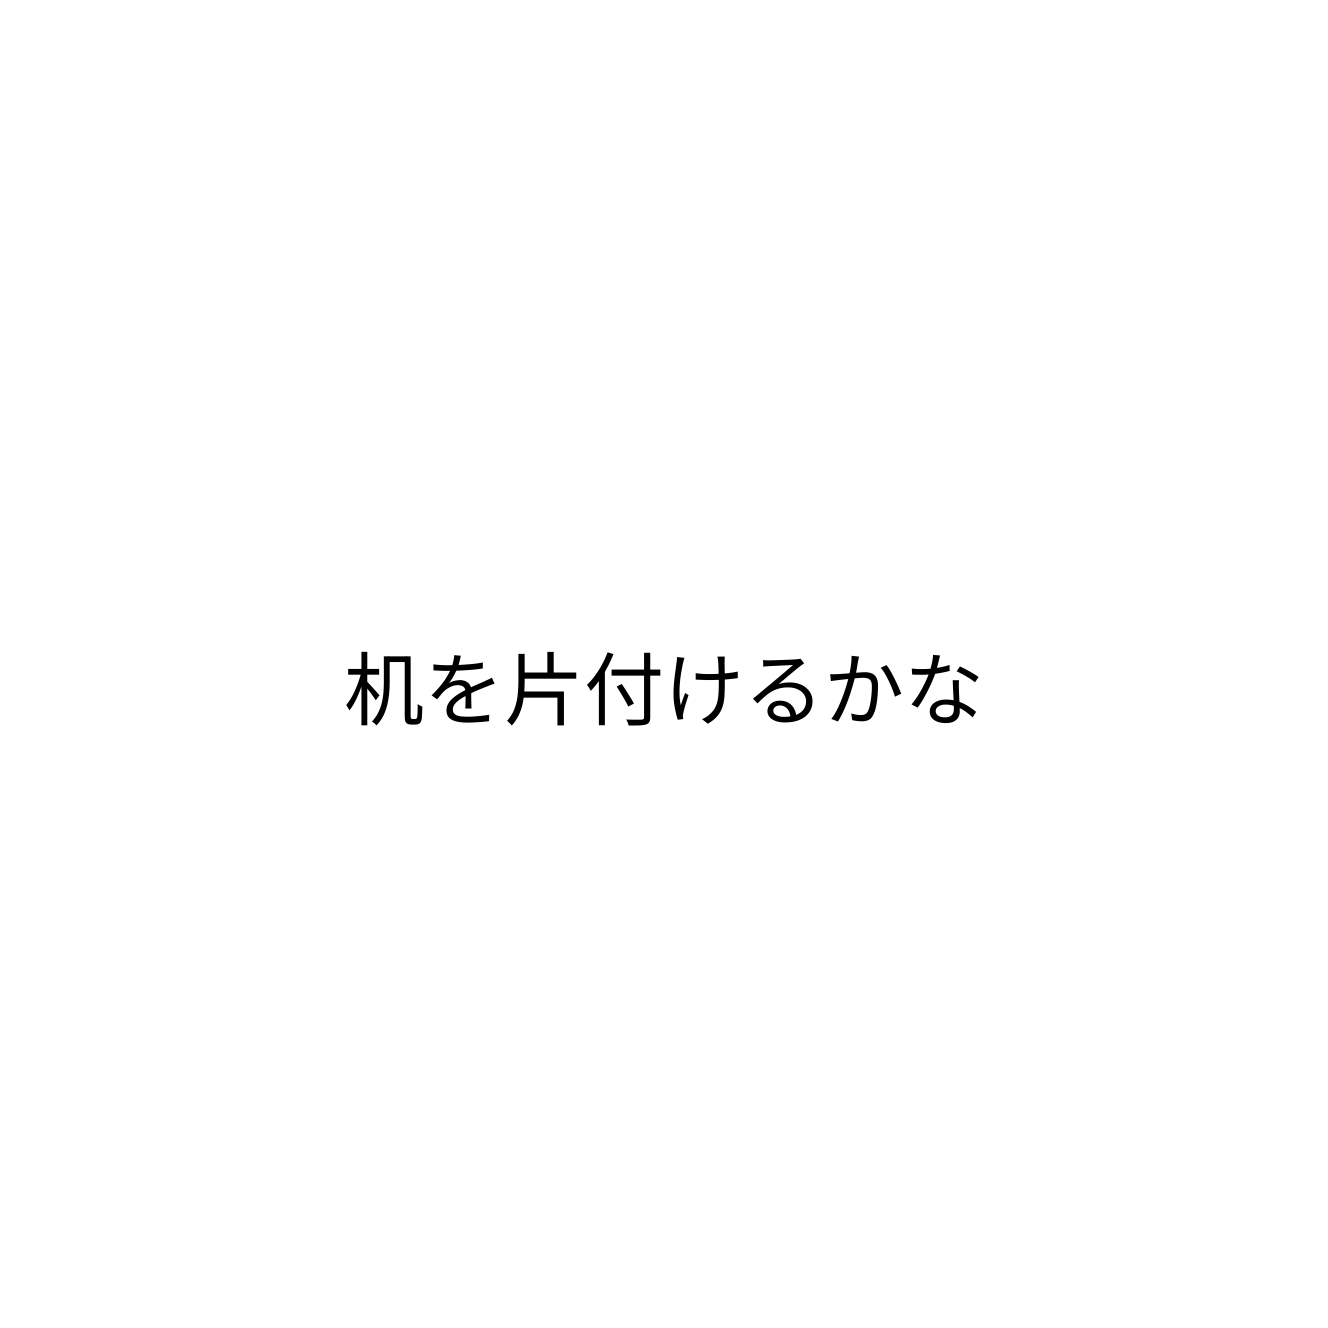
机を片付けるかな